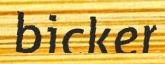
bicker